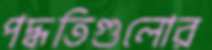
পদ্ধতিগুলোর